Problem: 98 + 69 = ?
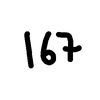
Handwritten answer: 167